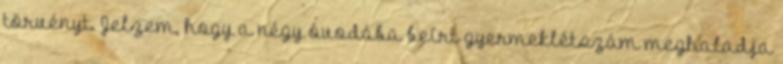
törvényt. Jelzem, hogy a négy óvodába beírt gyermeklétszám meghaladja